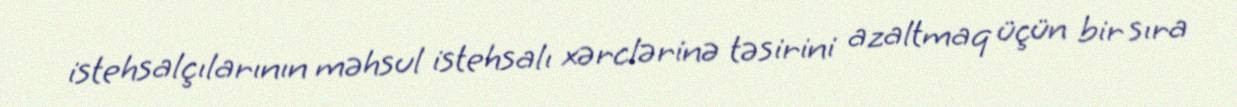
istehsalçılarının məhsul istehsalı xərclərinə təsirini azaltmaq üçün bir sıra